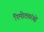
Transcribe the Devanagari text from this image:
रिमोटतरंगों